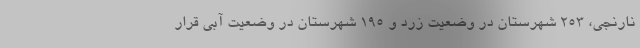
نارنجی، ۲۵۳ شهرستان در وضعیت زرد و ۱۹۵ شهرستان در وضعیت آبی قرار